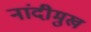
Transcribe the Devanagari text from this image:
नांदीमुख